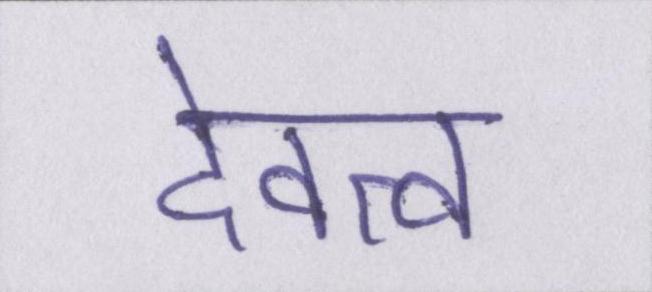
देवत्व